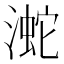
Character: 㵃